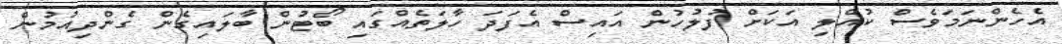
އެހެންނަމަވެސް ކުއްލި އަކަށް ފުލުހުން އައިސް އެފަދަ ހާލަތެއްގައި ބޯޓުން ބާލައިގެން ގެންދިއުމުން